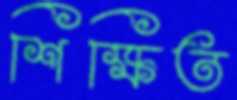
শিক্ষিত